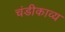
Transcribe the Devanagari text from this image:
चंडीकाव्य